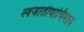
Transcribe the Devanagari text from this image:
स्वजातीयाभिमान